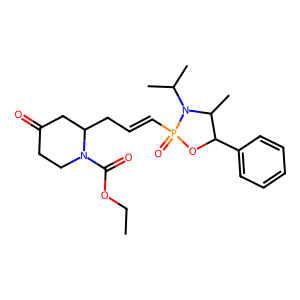
SMILES: CCOC(=O)N1CCC(=O)CC1CC=CP1(=O)OC(c2ccccc2)C(C)N1C(C)C
Inhibits HIV replication: No